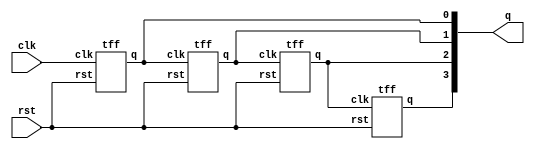
`timescale 1ns / 1ps
//////////////////////////////////////////////////////////////////////////////////
// Company: 
// Engineer: 
// 
// Design Name: 
// Module Name: ripple4counter
// Project Name: 
// Target Devices: 
// Tool Versions: 
// Description: 
// 
// Dependencies: 
// 
// Revision:
// Revision 0.01 - File Created
// Additional Comments:
// 
//////////////////////////////////////////////////////////////////////////////////


module ripple4counter(clk,rst,q);
input clk,rst;
output [3:0] q;

  tff t1 (q[0], clk, rst);
  tff t2 (q[1], q[0], rst);
  tff t3 (q[2], q[1], rst);
  tff t4 (q[3], q[2], rst);

endmodule

module tff(q,clk,rst);
input clk,rst;
output q;
wire d;
not n1 (d,q);
dff d1 (q,d,clk,rst);
endmodule

module dff(q,d,clk,rst);
input clk,rst,d;
output reg  q;

always @(negedge clk or posedge rst) begin
if(rst)
    q=0;
else
    q=d;
end
endmodule